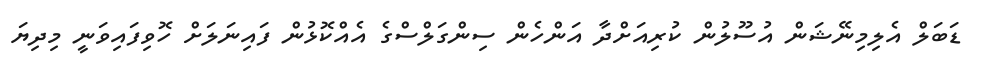
ޑަބަލް އެލިމިނޭޝަން އުސޫލުން ކުރިއަށްދާ އަންހެން ސިންގަލްސްގެ އެއްކޮޅުން ފައިނަލަށް ހޮވިފައިވަނީ މިދިޔަ